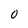
Character: 0